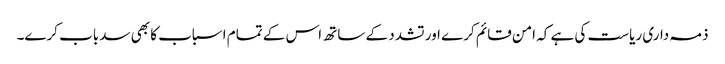
ذمہ داری ریاست کی ہے کہ امن قائم کرے اور تشدد کے ساتھ اس کے تمام اسباب کا بھی سدباب کرے۔